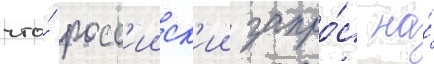
что́ росс'ииск'ии запро́с на́